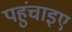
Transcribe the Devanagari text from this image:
पहुंचाइए